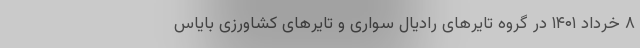
۸ خرداد ۱۴۰۱ در گروه تایر‌های رادیال سواری و تایر‌های کشاورزی بایاس